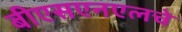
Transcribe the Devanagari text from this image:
बीएसएनएलचे